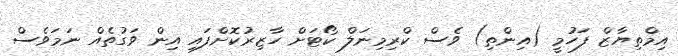
އިމްތިޔާޒް ފަހުމީ (އިންތި) ވެސް ކްރިމިނަލް ކޯޓަށް ހާޒިރުކޮށްފައި އިން ވަގުތެއް ނަމަވެސް